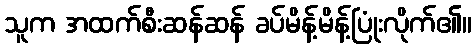
သူက အထက်စီးဆန်ဆန် ခပ်မိန့်မိန့်ပြုံးလိုက်၏။